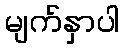
မျက်နှာပါ